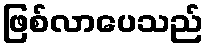
ဖြစ်လာပေသည်